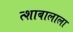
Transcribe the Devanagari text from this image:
त्शाबालाला